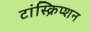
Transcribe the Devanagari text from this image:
टांस्क्रिप्शन